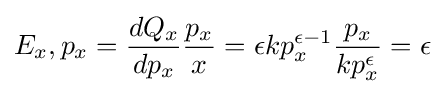
E_{x},p_{x}={\frac {dQ_{x}}{dp_{x}}}{\frac {p_{x}}{x}}=\epsilon kp_{x}^{\epsilon -1}{\frac {p_{x}}{kp_{x}^{\epsilon }}}=\epsilon